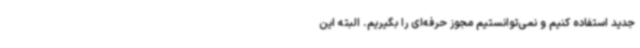
جدید استفاده کنیم و نمی‌توانستیم مجوز حرفه‌ای را بگیریم. البته این